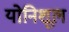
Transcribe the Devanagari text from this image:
योनिशूल